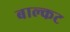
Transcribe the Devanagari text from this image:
बाल्कट